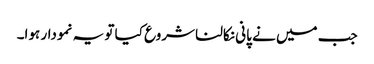
جب میں نے پانی نکالنا شروع کیا تو یہ نمودار ہوا۔